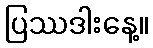
ပြဿဒါးနေ့။